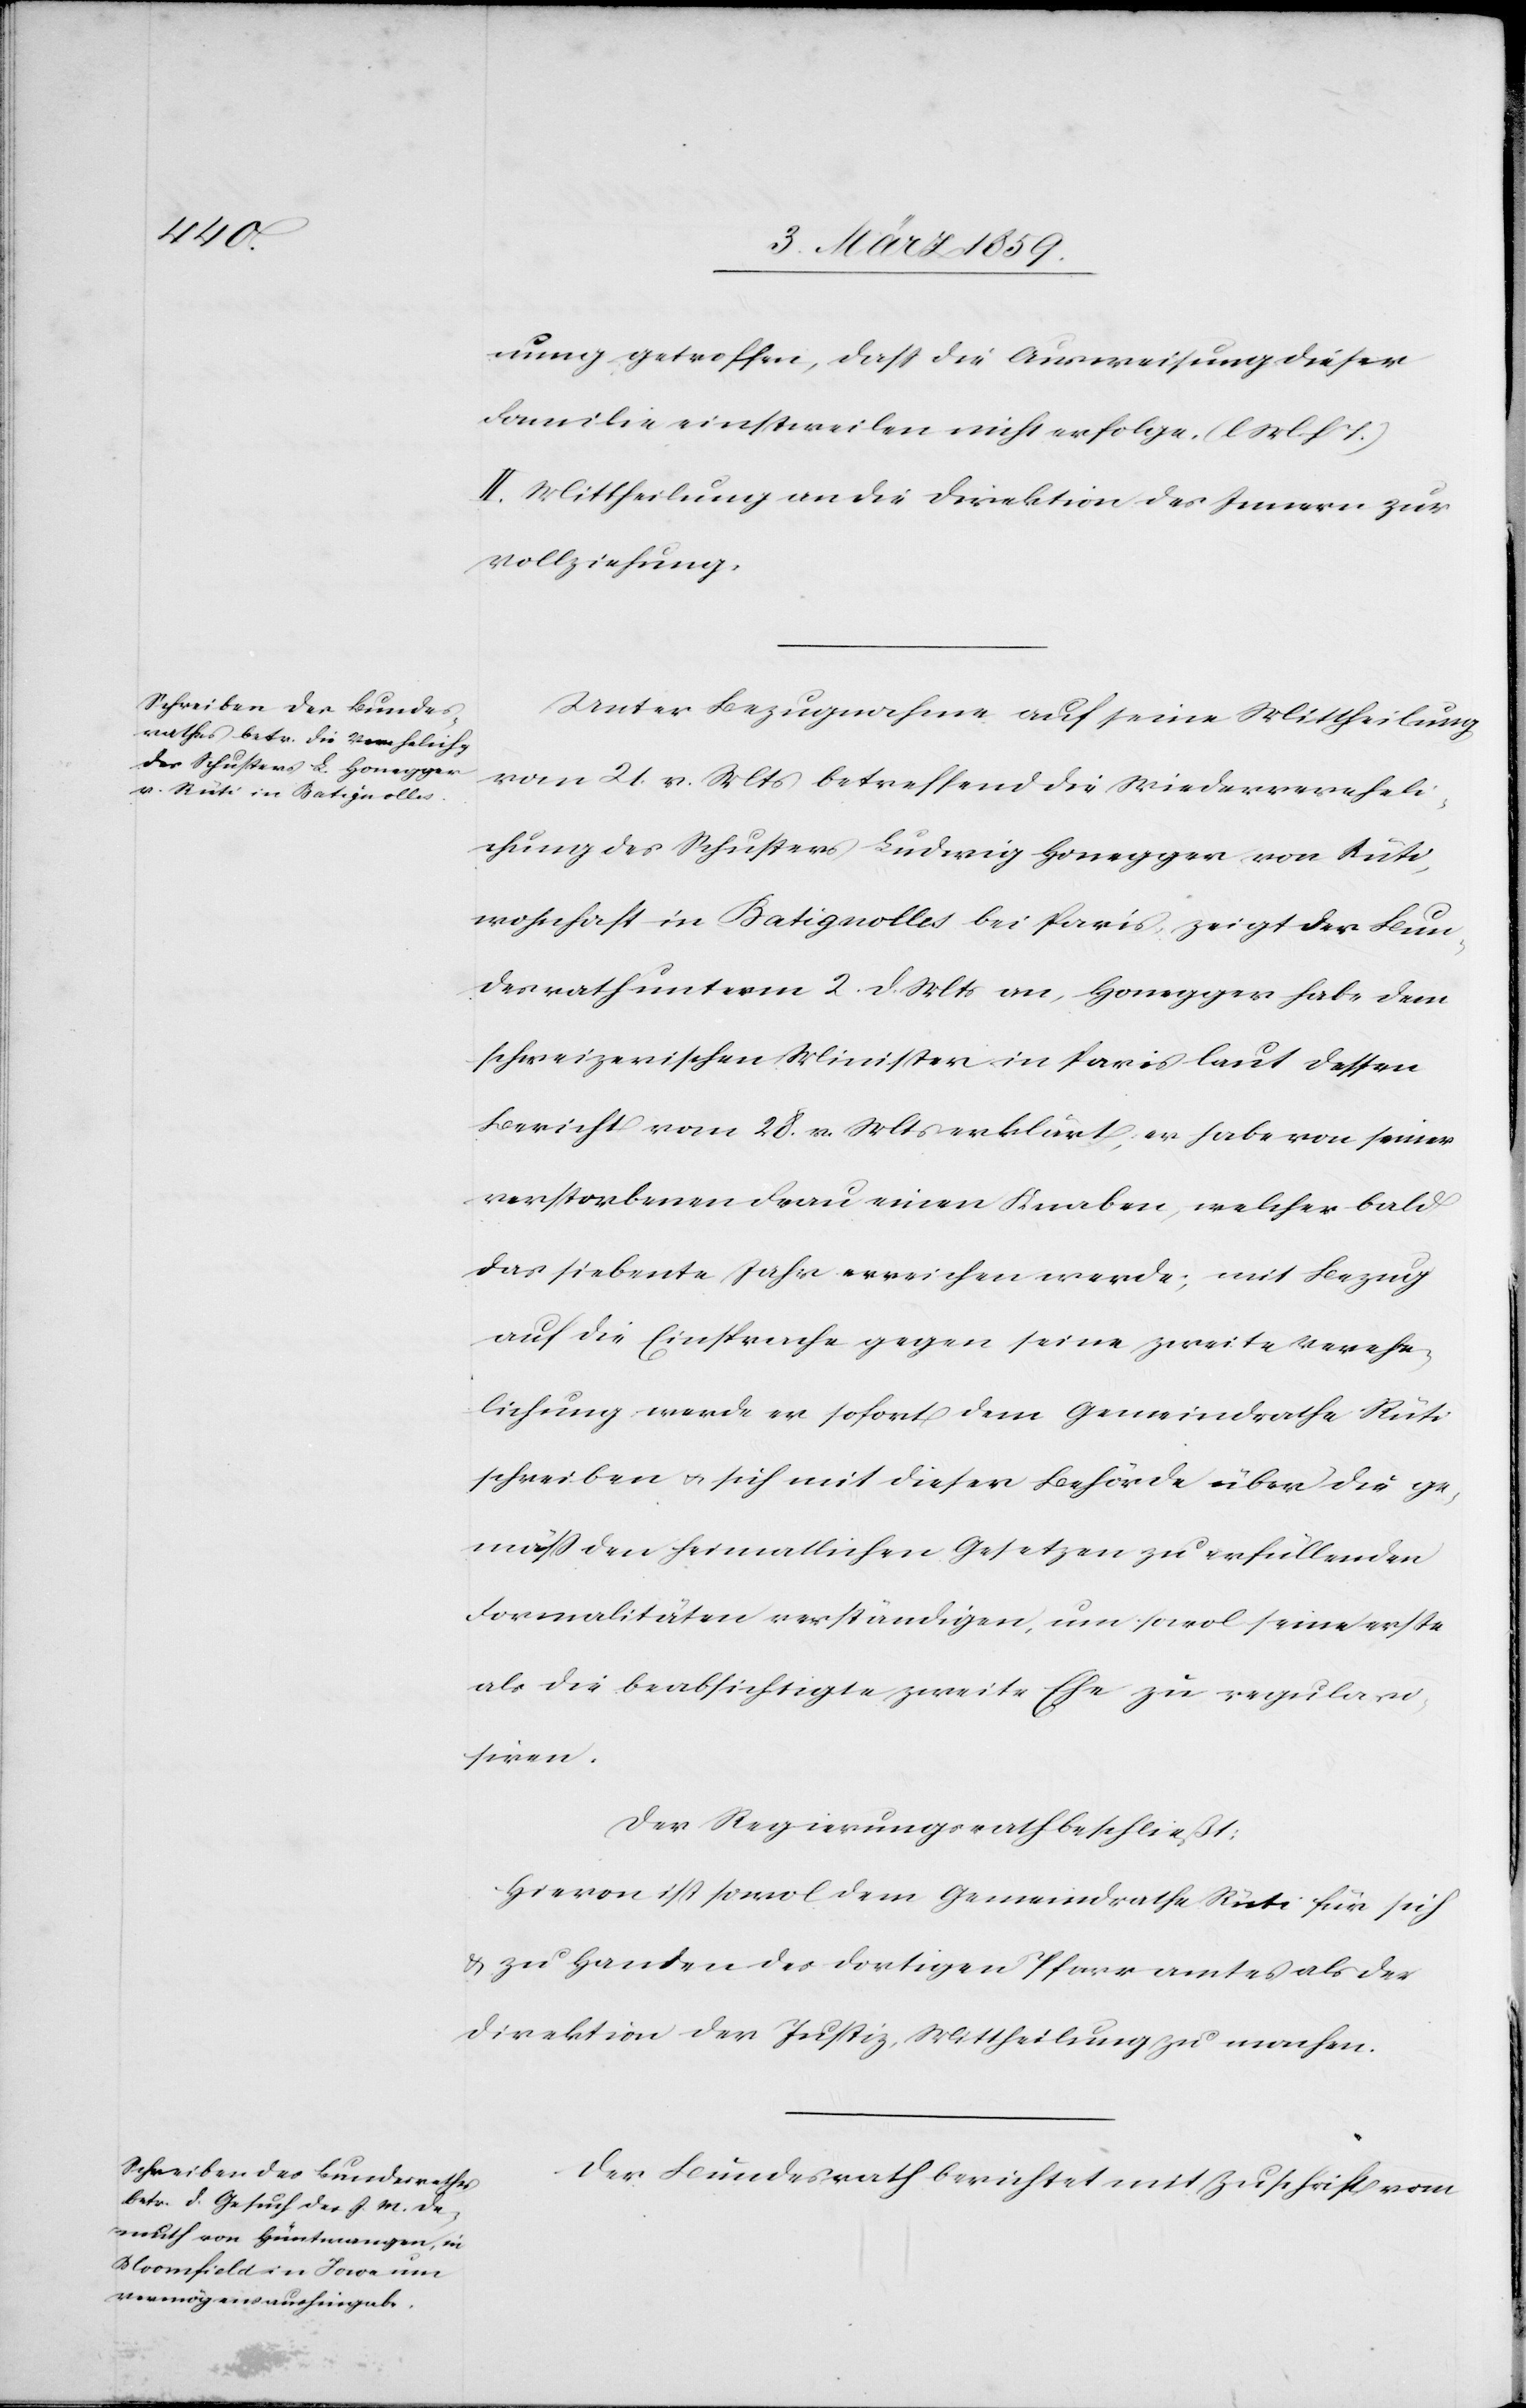
nung getroffen, daß die Ausweisung dieser
Familie einstweilen nicht erfolge. (l. M. h. T.)
II. Mittheilung an die Direktion des Innern zur
Vollziehung.
Unter Bezugnahme auf seine Mittheilung
vom 21. v. Mts betreffend die Wiedervereheli¬
chung des Schusters Ludwig Honegger von Rüti,
wohnhaft in Batignolles bei Paris, zeigt der Bun¬
desrath unterm 2. d. Mts an, Honegger habe dem
schweizerischen Minister in Paris laut dessen
Bericht vom 28. v. Mts erklärt, er habe von seiner
verstorbenen Frau einen Knaben, welcher bald
das siebente Jahr erreichen werde; mit Bezug
auf die Einsprache gegen seine zweite Verehe¬
lichung werde er sofort dem Gemeindrathe Rüti
schreiben u. sich mit dieser Behörde über die ge¬
mäß den heimatlichen Gesetzen zu erfüllenden
Formalitäten verständigen, um sowol seine erste
als die beabsichtigte zweite Ehe zu regulari¬
siren.
Der Regierungsrath beschließt:
Hievon ist sowol dem Gemeindrathe Rüti für sich
& zu Handen des dortigen Pfarramtes als der
Direktion der Justiz, Mittheilung zu machen.
Der Bundesrath berichtet mit Zuschrift vom